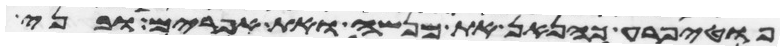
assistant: פוטיפרע כהנאן את מנשה ואת אפרים ובני